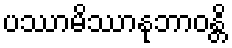
ပဿာမိဿာနုဘာဝန္တိ